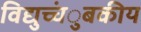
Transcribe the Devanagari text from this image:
विद्युच्चंुबकीय